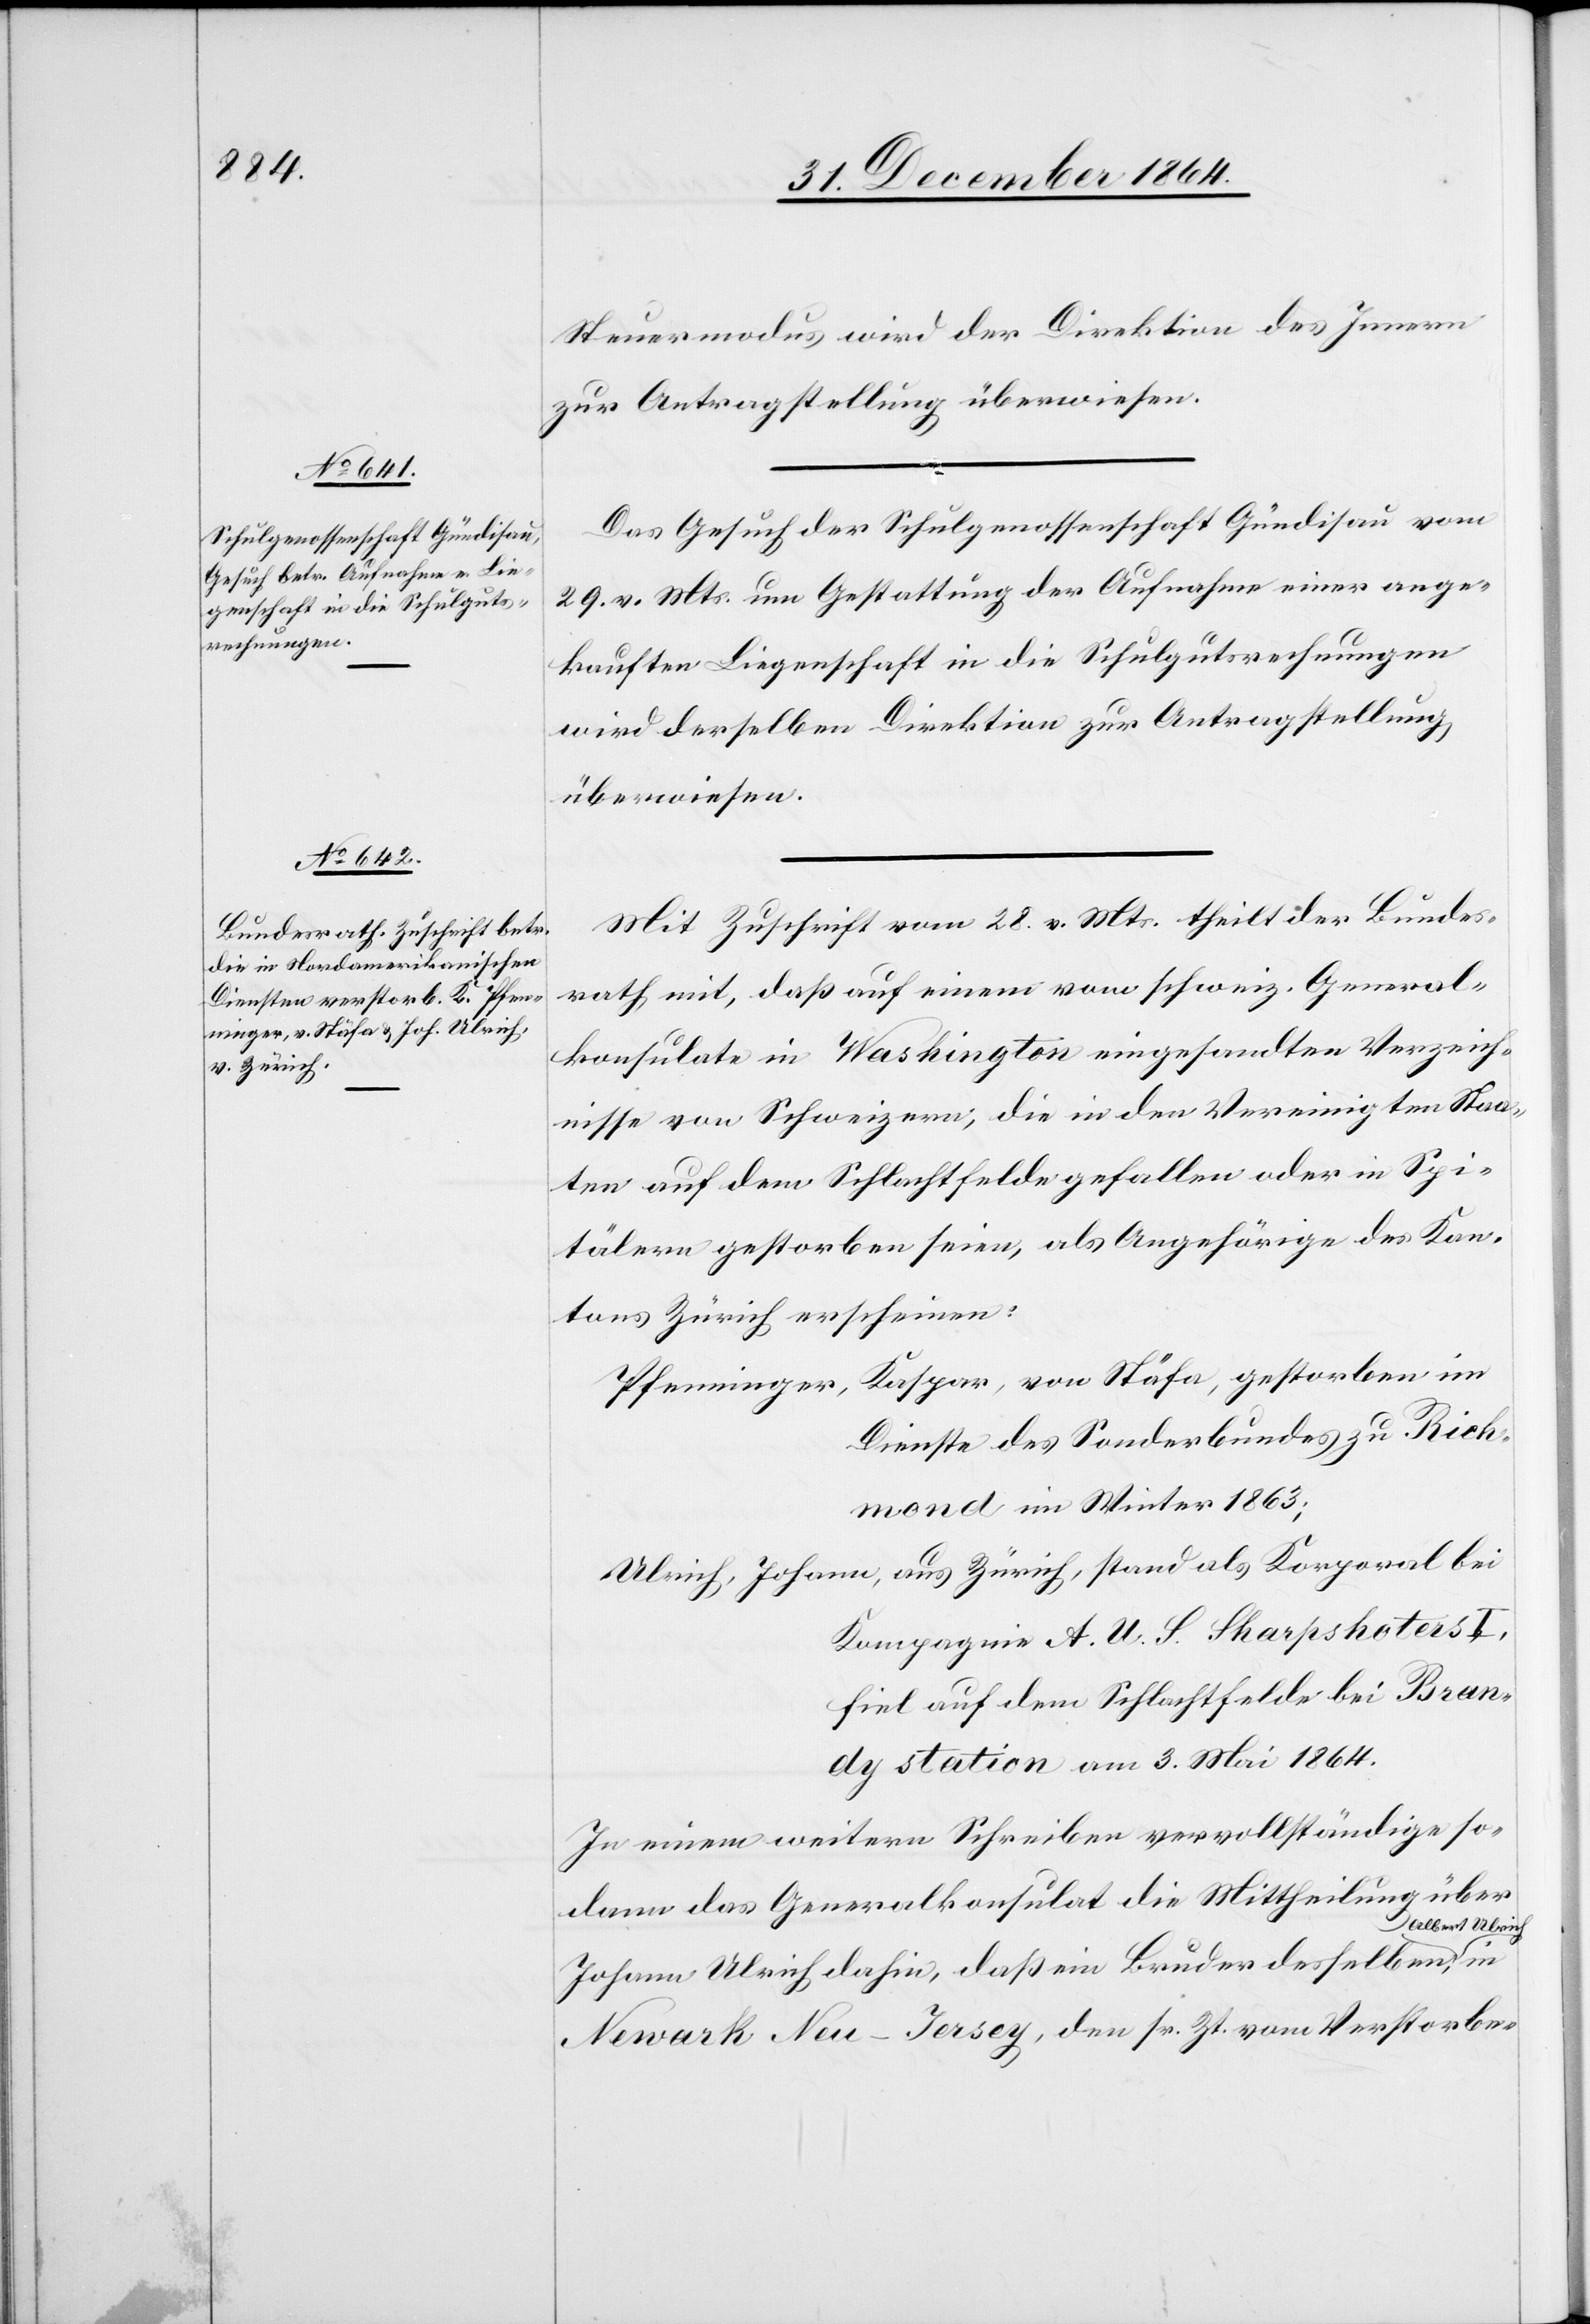
aus Zürich,

2. Januar 1865.]
Steuermodus wird der Direktion des Innern
zur Antragstellung überwiesen.
Das Gesuch der Schulgenossenschaft Gündlisau vom
29. v. Mts. um Gestattung der Aufnahme einer ange¬
kauften Liegenschaft in die Schulgutsrechnungen
wird derselben Direktion zur Antragstellung
überwiesen.
Mit Zuschrift vom 28. v. Mts. theilt der Bundes¬
rath mit, daß auf einem vom schweiz. General¬
konsulate in Washington eingesandten Verzeich¬
nisse von Schweizern, die in den Vereinigten Staa¬
ten auf dem Schlachtfelde gefallen oder in Spi¬
tälern gestorben seien, als Angehörige des Kan¬
tons Zürich erscheinen:
Dienste des Sonderbundes zu Rich¬
mond, im Winter 1863;
Kompagnie A. U. S. Sharpshoters
fiel auf dem Schlachtfelde bei Bran¬
dy Station am 3. Mai 1864.
In einem weitern Schreiben vervollständige so¬
dann das Generalkonsulat die Mittheilung über
Johann Ulrich dahin, daß ein Bruder desselben,
Newark New-Jersey, den sr. Zt. vom Verstorbe-